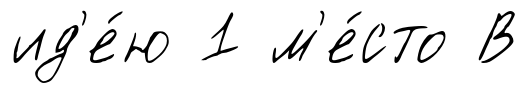
ид'е́ю 1 м'е́сто В